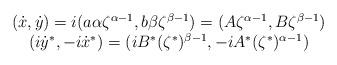
LaTeX: \begin{align*}\begin{array}{c}(\dot{x},\dot{y})=i(a\alpha\zeta^{\alpha-1},b\beta\zeta^{\beta-1})= (A\zeta^{\alpha-1},B\zeta^{\beta-1})\\(i\dot{y}^*,-i\dot{x}^*)=(iB^*(\zeta^*)^{\beta-1},-iA^*(\zeta^*)^{\alpha-1})\end{array}\end{align*}